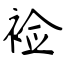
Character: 裣